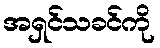
အရှင်သခင်ကို